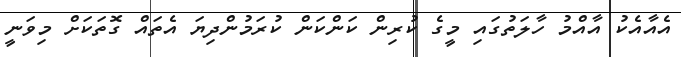
އެއާއެކު އާއްމު ހާލަތުގައި މީގެ ކުރިން ކަންކަން ކުރަމުންދިޔަ އެތައް ގޮތަކަށް މިވަނީ